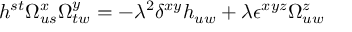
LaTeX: h ^ { s t } \Omega _ { u s } ^ { x } \Omega _ { t w } ^ { y } = - \lambda ^ { 2 } \delta ^ { x y } h _ { u w } + \lambda \epsilon ^ { x y z } \Omega _ { u w } ^ { z }